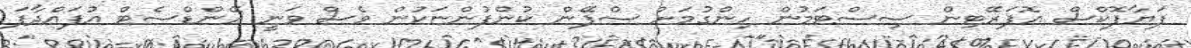
ފަޔާފޮކްސް އޮޕަރޭޓިން ސިސްޓަމުން ހިންގުމަށް ސްޕޭން ކުންފުންޏަކުން ވެސް ވަނީ ހޭންޑްސެޓް އުފައްދާފަ